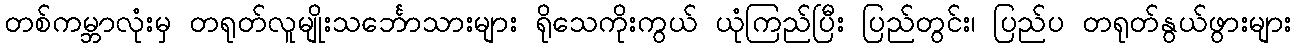
တစ်ကမ္ဘာလုံးမှ တရုတ်လူမျိုးသင်္ဘောသားများ ရိုသေကိုးကွယ် ယုံကြည်ပြီး ပြည်တွင်း၊ ပြည်ပ တရုတ်နွယ်ဖွားများ